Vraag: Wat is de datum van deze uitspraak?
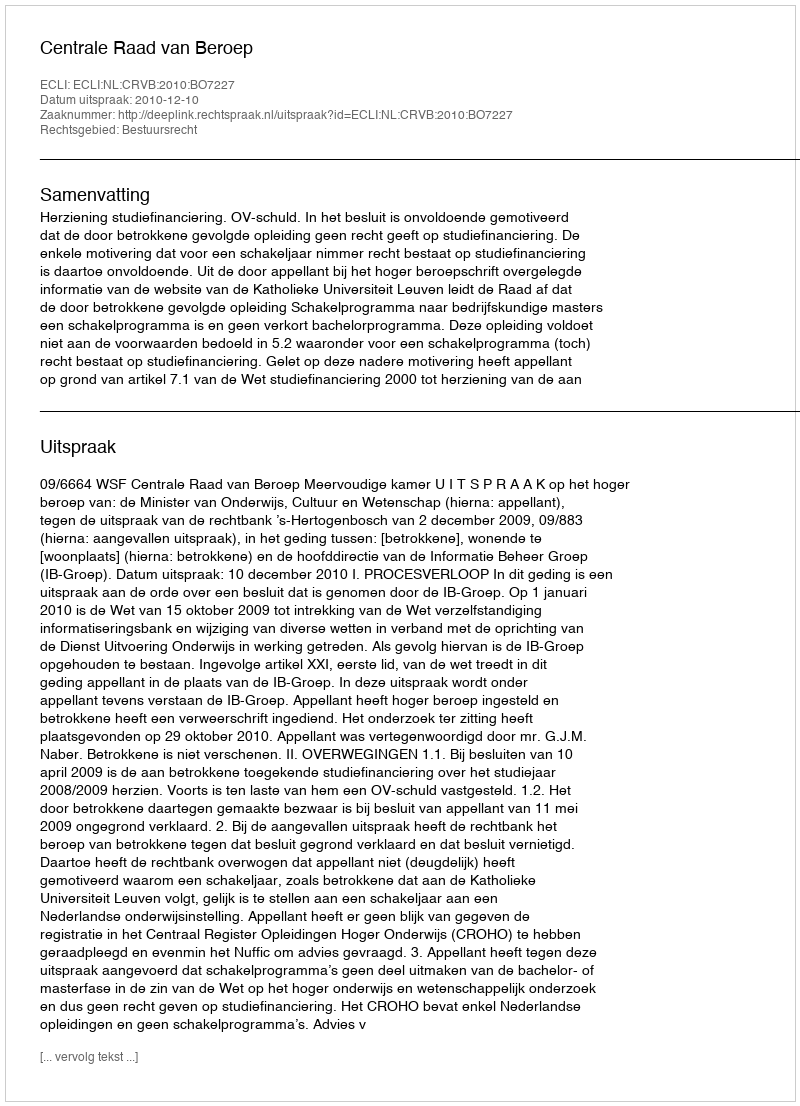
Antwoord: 2010-12-10